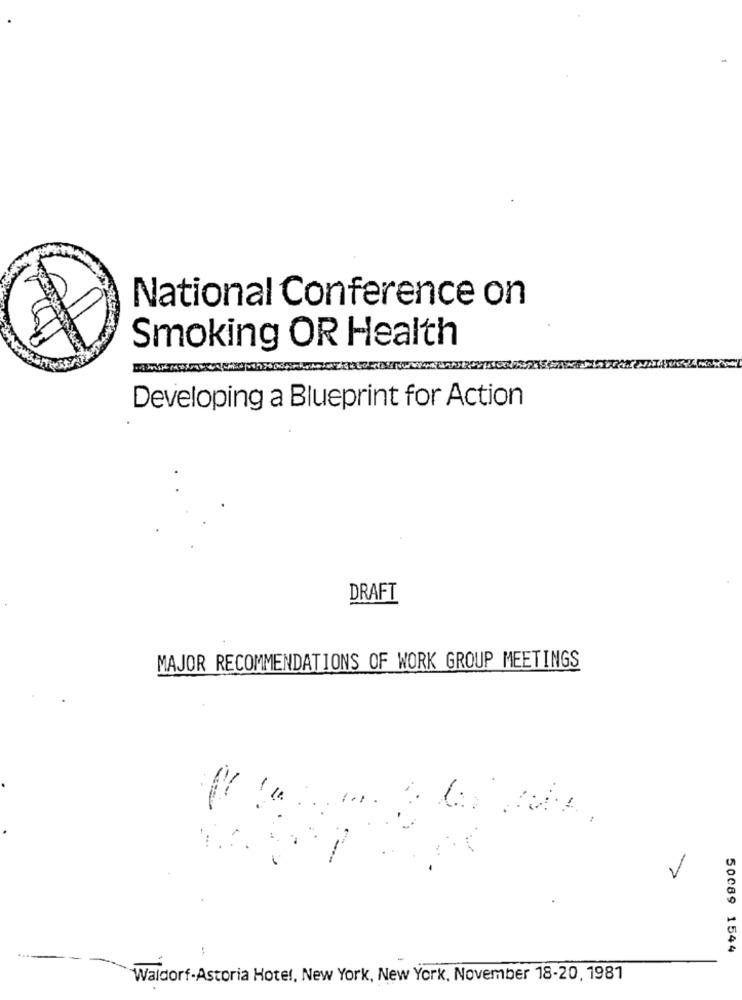
National Conference on
Smoking OR Health
Developing a Blueprint for Action
DRAFT
MAJOR RECOMMENDATIONS OF WORK GROUP MEETINGS
-
:
50089 1544
Waldorf-Astoria Hotel, New York, New York, November 18-20, 1981